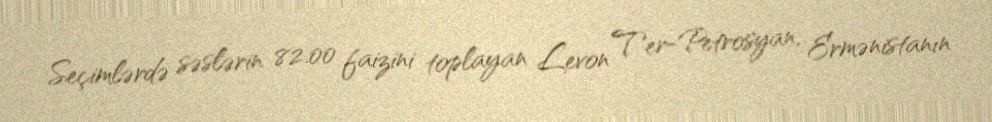
Seçimlərdə səslərin 82.00 faizini toplayan Levon Ter-Petrosyan, Ermənistanın